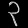
Digit: ၃